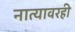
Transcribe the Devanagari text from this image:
नात्यावरही